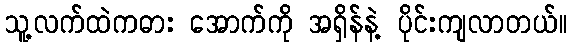
သူ့လက်ထဲကဓား အောက်ကို အရှိန်နဲ့ ပိုင်းကျလာတယ်။